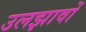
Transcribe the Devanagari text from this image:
उलझावों